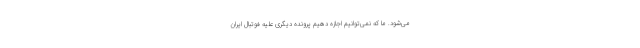
می‌شود. ما که نمی‌توانیم اجازه دهیم پرونده دیگری علیه فوتبال ایران